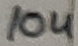
Text: 10u